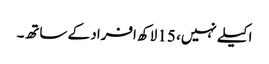
اکیلے نہیں، 15 لاکھ افراد کے ساتھ۔